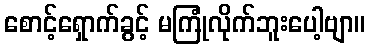
စောင့်ရှောက်ခွင့် မကြုံလိုက်ဘူးပေါ့ဗျာ။